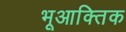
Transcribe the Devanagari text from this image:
भूआक्तिक